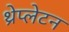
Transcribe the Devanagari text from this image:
थ्रेप्लेटन